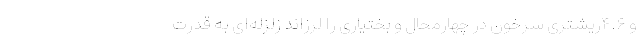
و ۴.۶ریشتری سرخون‌ در چهارمحال و بختیاری را لرزاند زلزله‌ای به قدرت